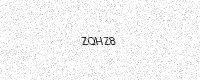
Text: ZQHZ8